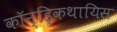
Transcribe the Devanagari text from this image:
कॉन्ड्रिकथायिस